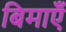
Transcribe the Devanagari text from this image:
बिमाएँ